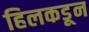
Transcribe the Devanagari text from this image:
हिलकडून